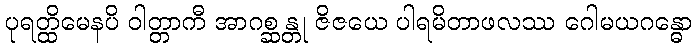
ပုရတ္ထိမေနပိ ဝါတ္တာကီ အာဂစ္ဆန္တု ဇိဇယေ ပါရမိတာဖလဿ ဂေါမယဂန္ဓော